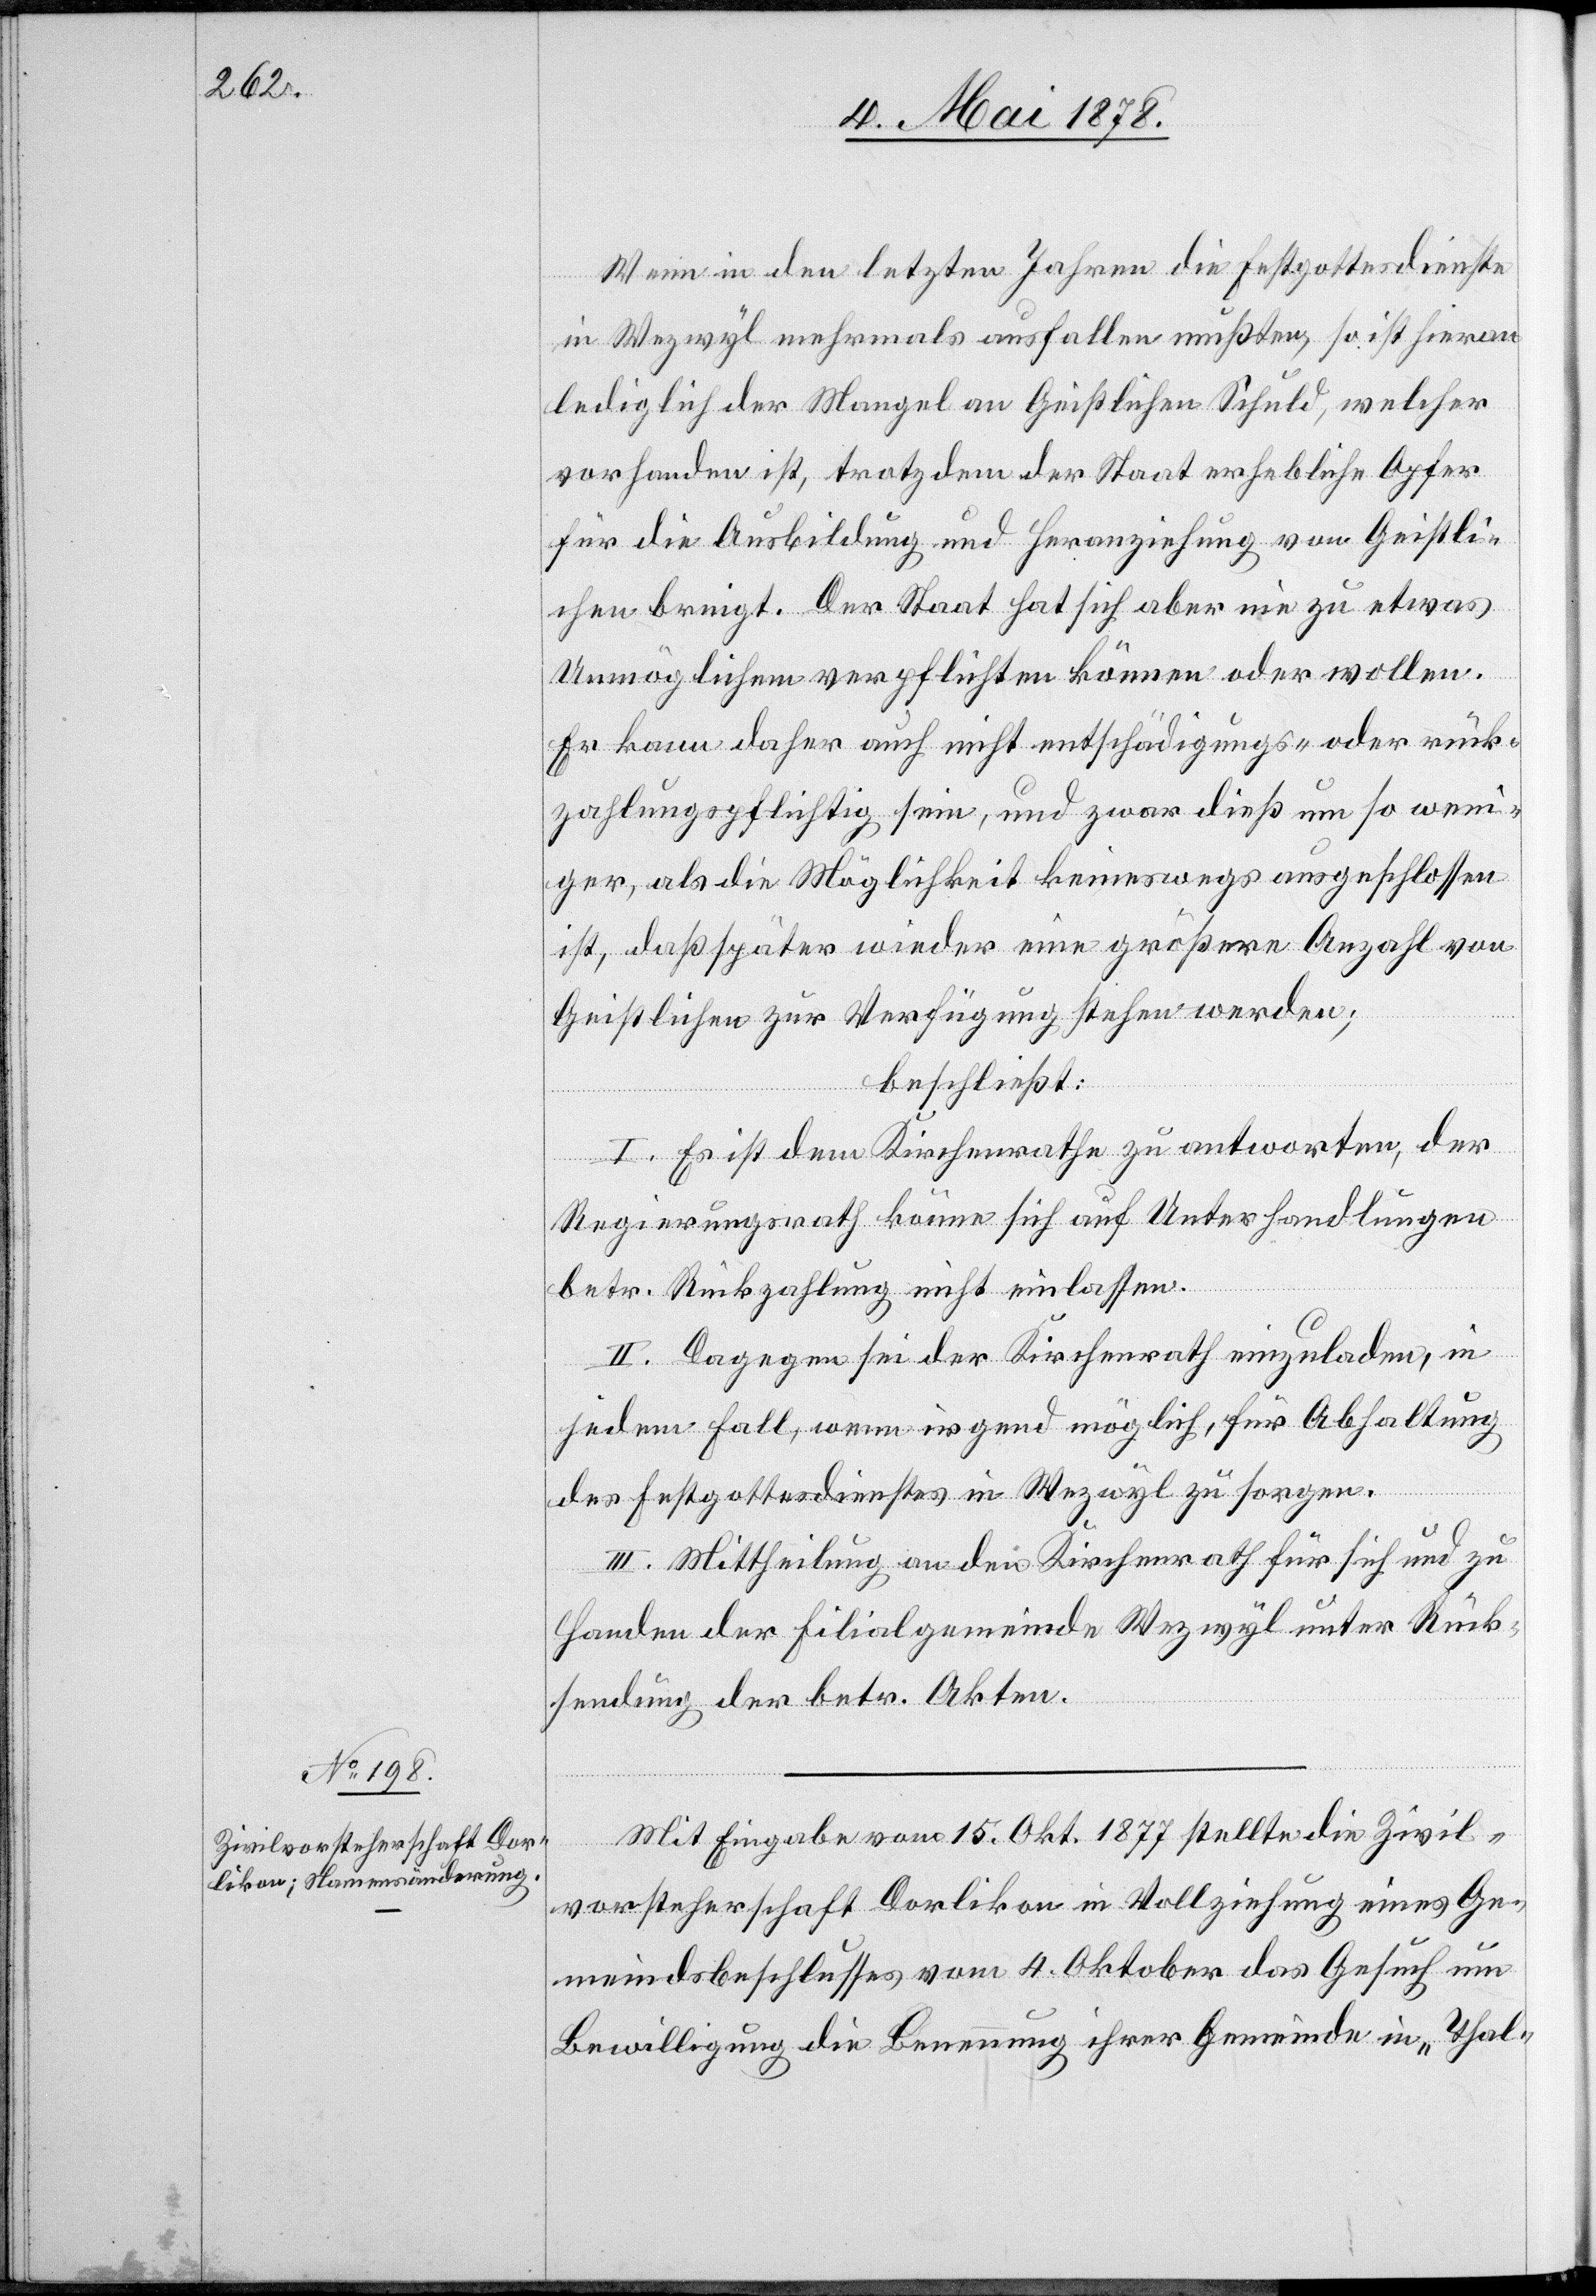
Wenn in den letzten Jahren die Festgottesdienste
in Wezwyl mehrmals ausfallen mußten, so ist hieran
lediglich der Mangel an Geistlichen Schuld, welcher
vorhanden ist, trotzdem der Staat erhebliche Opfer
für die Ausbildung und Heranziehung von Geistli¬
chen bringt. Der Staat hat sich aber nie zu etwas
Unmöglichem verpflichten können oder wollen.
Er kann daher auch nicht entschädigungs- oder rück¬
zahlungspflichtig sein, und zwar dieß um so weni¬
ger, als die Möglichkeit keineswegs ausgeschlossen
ist, daß später wieder eine größere Anzahl von
Geistlichen zur Verfügung stehen werden;
beschließt:
I. Es ist dem Kirchenrathe zu antworten, der
Regierungsrath könne sich auf Unterhandlungen
betr. Rückzahlung nicht einlassen.
II. Dagegen sei der Kirchenrath einzuladen, in
jedem Fall, wenn irgend möglich, für Abhaltung
des Festgottesdienstes in Wezwyl zu sorgen.
III. Mittheilung an den Kirchenrath für sich und zu
Handen der Filialgemeinde Wezwyl unter Rück¬
sendung der betr. Akten.
Mit Eingabe vom 15. Okt. 1877 stellte die Zivil¬
vorsteherschaft Dorlikon in Vollziehung eines Ge¬
meindsbeschlusses vom 4. Oktober das Gesuch um
Bewilligung die Benennung ihrer Gemeinde in „Thal-